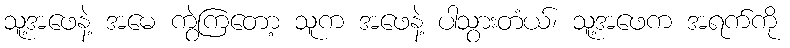
သူ့အဖေနဲ့ အမေ ကွဲကြတော့ သူက အဖေနဲ့ ပါသွားတံယ်၊ သူ့အဖေက အရက်ကို